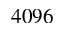
4 0 9 6